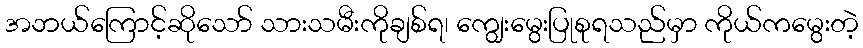
အဘယ်ကြောင့်ဆိုသော် သားသမီးကိုချစ်ရ၊ ကျွေးမွေးပြုစုရသည်မှာ ကိုယ်ကမွေးတဲ့